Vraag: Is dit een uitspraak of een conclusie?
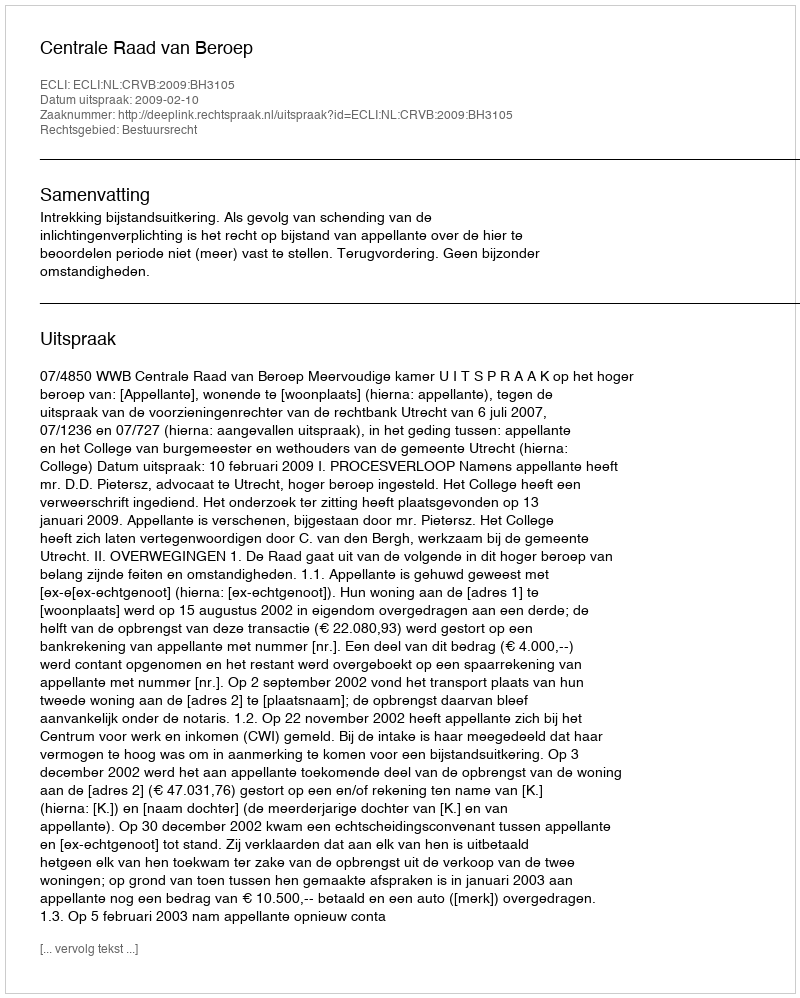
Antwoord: Uitspraak